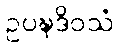
ဥပဍ္ဎဒိဝသံ